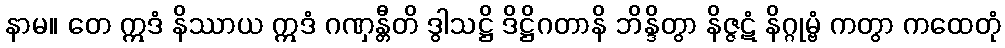
နာမ။ တေ ဣဒံ နိဿာယ ဣဒံ ဂဏှန္တီတိ ဒွါသဋ္ဌိ ဒိဋ္ဌိဂတာနိ ဘိန္ဒိတွာ နိဇ္ဇဋံ နိဂ္ဂုမ္ဗံ ကတွာ ကထေတုံ